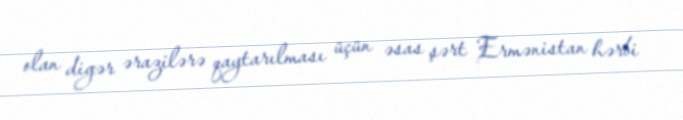
olan digər ərazilərə qaytarılması üçün əsas şərt Ermənistan hərbi